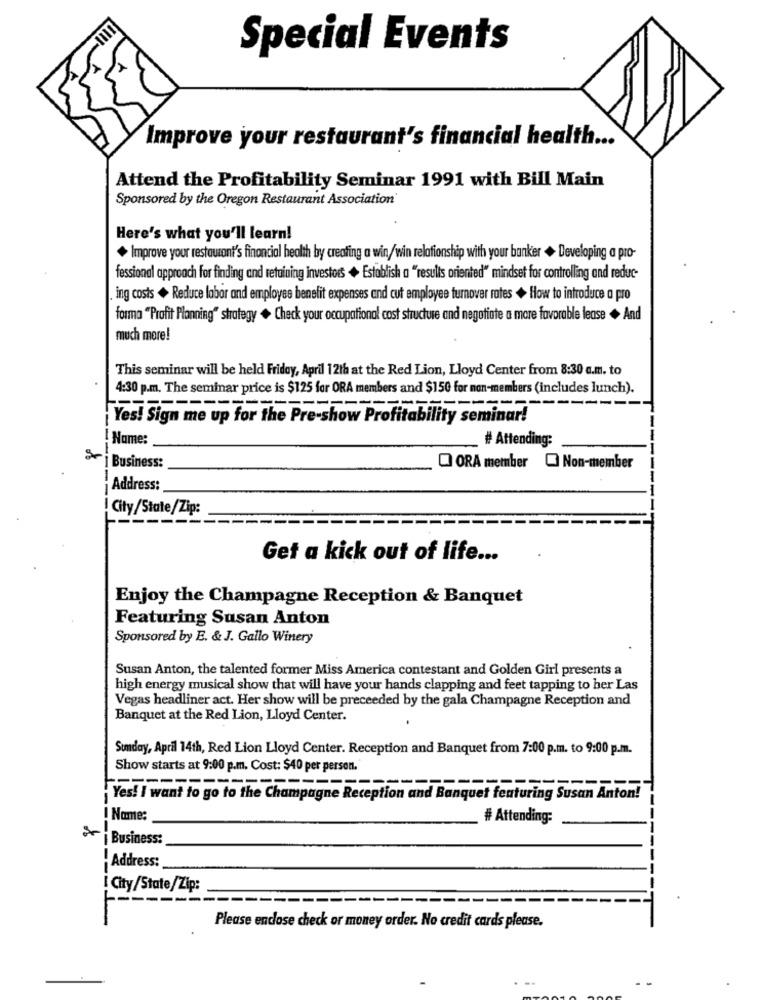
Special Events
Improve your restaurant's financial health ...
Attend the Profitability Seminar 1991 with Bill Main
Sponsored by the Oregon Restaurant Association
Here's what you'll learn!
+ Improve your restaurant's financial health by creating a win/win relationship with your banker + Developing a pro-
fessional approach for finding and retaining investors + Establish a "results oriented" mindset for controlling and reduc-
ing costs + Reduce labor and employee benefit expenses and cut employee turnover rates + How to introduce a pro
forma "Profit Planning" strategy + Check your occupational cost structure and negotiate a more favorable lease + And
much more!
This seminar will be held Friday, April 12th at the Red Lion, Lloyd Center from 8:30 a.m. to
4:30 p.m. The seminar price is $125 for ORA members and $150 for non-members (includes lunch).
---------
Yes! Sign me up for the Pre-show Profitability seminar!
Name:
# Attending:
Business:
ORA member @ Non-member
Address:
! City/State/Zip:
Get a kick out of life ...
Enjoy the Champagne Reception & Banquet
Featuring Susan Anton
Sponsored by E. & J. Gallo Winery
Susan Anton, the talented former Miss America contestant and Golden Girl presents a
high energy musical show that will have your hands clapping and feet tapping to her Las
Vegas headliner act. Her show will be preceeded by the gala Champagne Reception and
Banquet at the Red Lion, Lloyd Center.
Sunday, April 14th, Red Lion Lloyd Center. Reception and Banquet from 7:00 p.m. to 9:00 p.m.
Show starts at 9:00 p.m. Cost: $40 per person."
---
Yes! I want to go to the Champagne Reception and Banquet featuring Susan Anton!
I Name:
# Attending:
--
Business:
. Address:
! City/State/Zip:
Please enclose check or money order. No credit cards please.